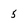
Character: 5